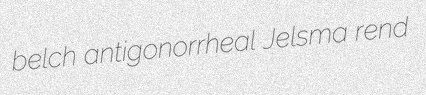
belch antigonorrheal Jelsma rend